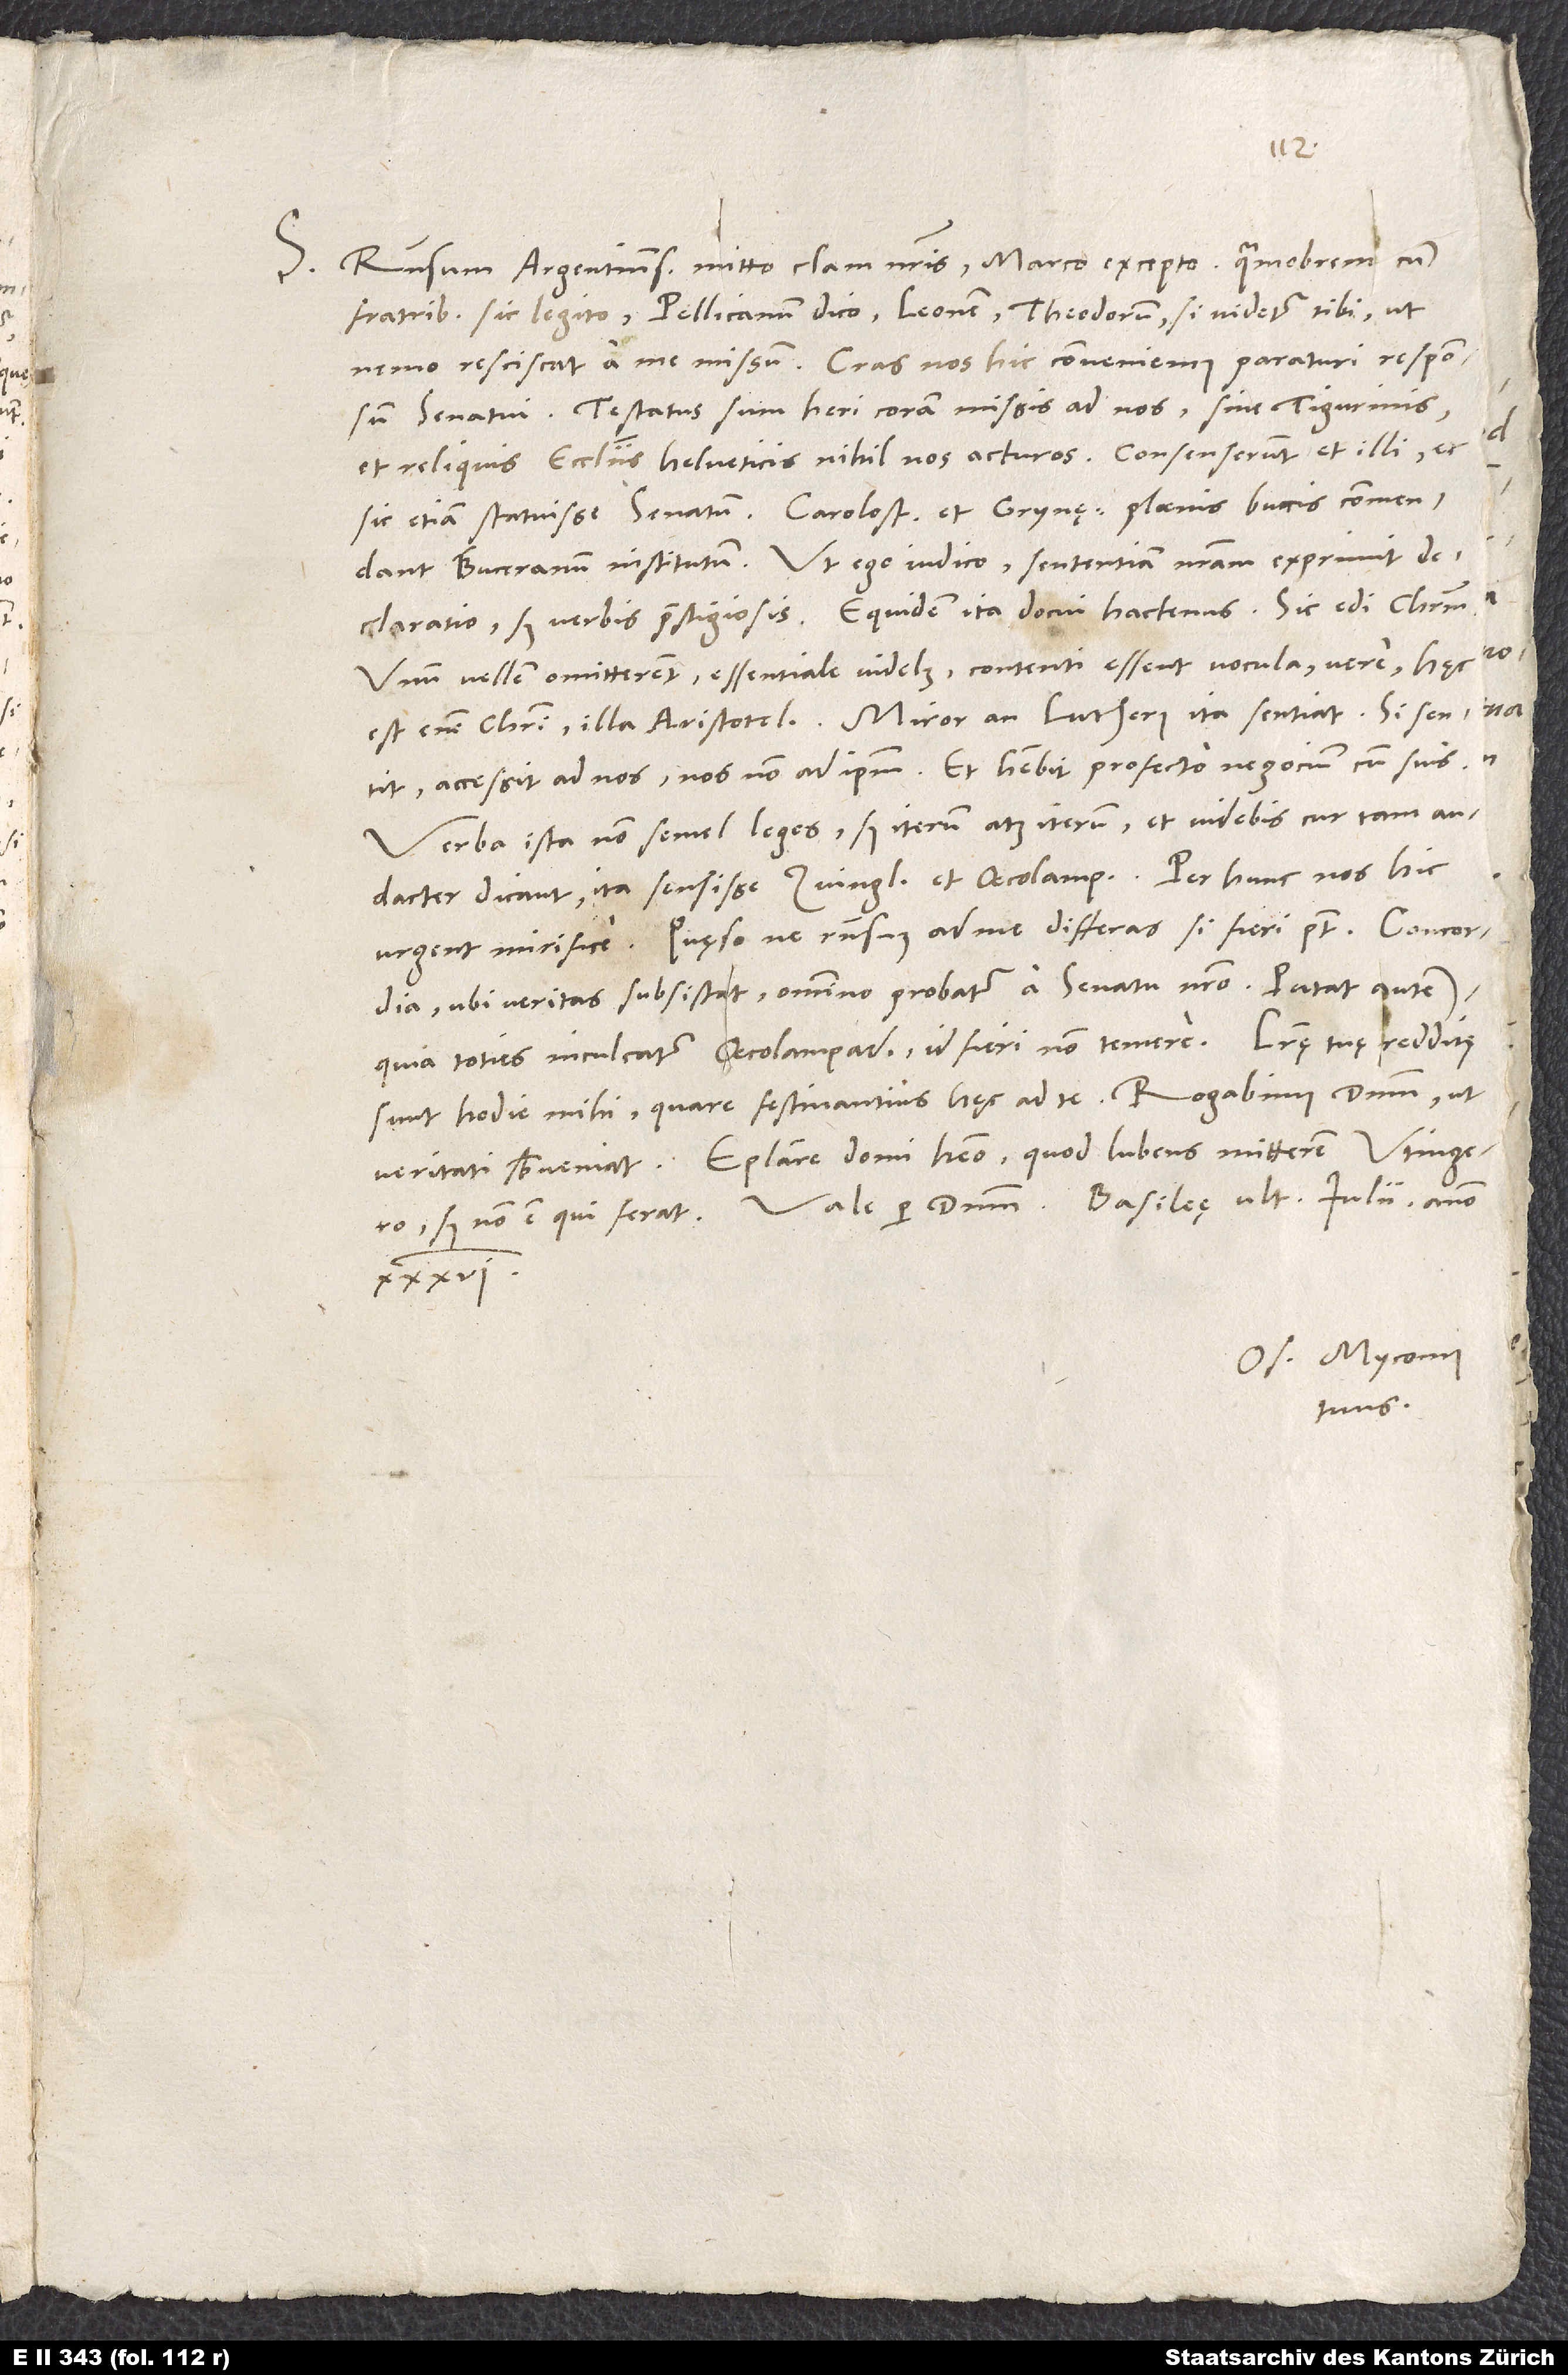
S. Responsum Argentinens mitto clam nostris, Marco excepto. Quamobrem cum
fratribus sic legito -Pellicanum dico, Leonem, Theodorum -, si videtur tibi, ut
nemo resciscat a me missum. Cras nos hic conveniemus paraturi responsum
senatui. Testatus sum hen coram missis ad nos sine Tigurinis
et reliquis ecclesiis Helveticis nihil nos acturos. Consenserunt et illi, et
sic etiam statuisse senatum. Carolostadius et Grynęus plaenis buccis commendant
Buceranum institutum. Ut ego iudico, sententiam nostram exprimit
declaratio, sed verbis praestigiosis. Equidem ita docui hactenus, sic edi Christum.
Unum, vellem, omitterent, essentiale videlicet, contenti essent vocula "vere"; hęc
est enim Christi, illa Aristotelis. Miror, an Lutherus ita sentiat. Si sentit,
accessit ad nos, nos non ad ipsum. Et habebit profecto negocium cum suis.
Verba ista non semel leges, sed iterum atque iterum, et videbis, cur tam audacter
dicant ita sensisse Zvinglium et Oecolampadium. Per hunc nos hic
urgent mirifice. Quęso, ne responsum ad me differas, si fieri potest. Concordia,
ubi veritas subsistat, omnino probatur a senatu nostro. Putat autem,
quia toties inculcatur Oecolampadius, id fieri non temere. Literae tuae redditę
sunt hodie mihi, quare festinantius hęc ad te. Rogabimus dominum, ut
Epistolare domi habeo, quod lubens mitterem Utingero;
Os. Myconius
tuus.